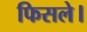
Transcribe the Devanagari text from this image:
फिसले।